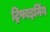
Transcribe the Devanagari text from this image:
ट्रिफाइनिंग